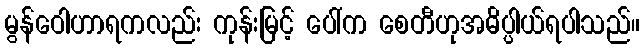
မွန်ဝေါဟာရကလည်း ကုန်းမြင့် ပေါ်က စေတီဟုအဓိပ္ပါယ်ရပါသည်။